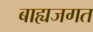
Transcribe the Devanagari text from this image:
बाह्यजगत